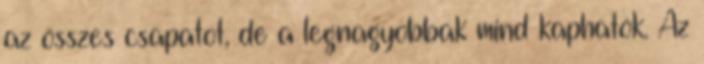
az összes csapatot, de a legnagyobbak mind kaphatók. Az